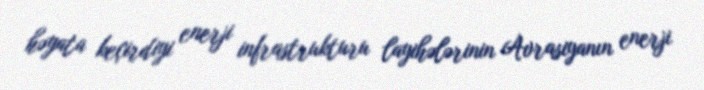
həyata keçirdiyi enerji infrastrukturu layihələrinin Avrasiyanın enerji